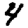
Digit: 4